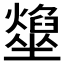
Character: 𡓢